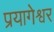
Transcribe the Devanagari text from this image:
प्रयागेश्वर